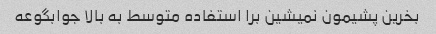
بخرین پشیمون نمیشین برا استفاده متوسط به بالا جوابگوعه